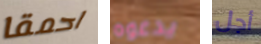
احمقا يدعوه أجل